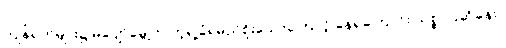
ကျန်ရက်များ၌ မပျော်မွေ့ဘဲ ကဲ့ရဲ့ခံရမည်စိုးသောကြောင့် နေရကြောင်း သစ္စာပြဆိုခန်း။